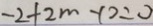
- 2 + 2 m - 1 0 = 0